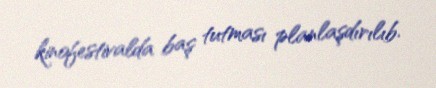
kinofestivalda baş tutması planlaşdırılıb.